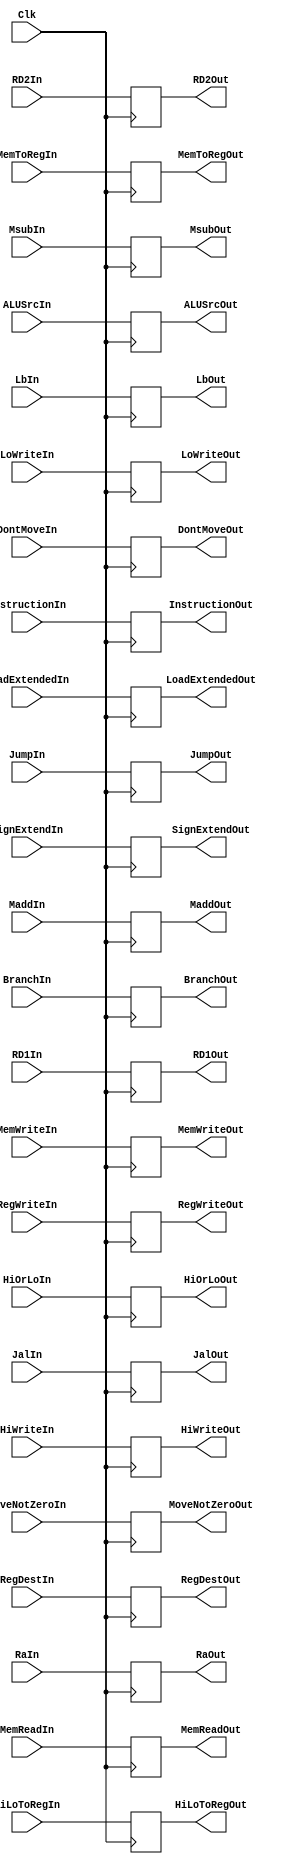
`timescale 1ns / 1ps
//////////////////////////////////////////////////////////////////////////////////
// Company: 
// Engineer: 
// 
// Design Name: 
// Module Name: ID_EX
// Project Name: 
// Target Devices: 
// Tool Versions: 
// Description: 
// 
// Dependencies: 
// 
// Revision:
// Revision 0.01 - File Created
// Additional Comments:
// 
//////////////////////////////////////////////////////////////////////////////////


module ID_EX(Clk, RD1In, RD2In, InstructionIn, SignExtendIn, MsubIn, MaddIn, HiWriteIn, LoWriteIn, RegWriteIn, MoveNotZeroIn, DontMoveIn, HiOrLoIn, MemToRegIn, HiLoToRegIn, MemWriteIn, BranchIn, MemReadIn, RegDestIn, ALUSrcIn, LbIn, LoadExtendedIn, RD1Out, RD2Out, InstructionOut, SignExtendOut, MsubOut, MaddOut, HiWriteOut, LoWriteOut, RegWriteOut, MoveNotZeroOut, DontMoveOut, HiOrLoOut, MemToRegOut, HiLoToRegOut, MemWriteOut, BranchOut, MemReadOut, RegDestOut, ALUSrcOut, LbOut, LoadExtendedOut, JumpIn, JumpOut, JalIn, JalOut, RaIn, RaOut);
    input [31:0] RD1In, RD2In, InstructionIn, SignExtendIn, RaIn;
    input MsubIn, MaddIn, HiWriteIn, LoWriteIn, RegWriteIn, MoveNotZeroIn, DontMoveIn, HiOrLoIn, MemToRegIn, HiLoToRegIn, MemWriteIn, BranchIn, MemReadIn, RegDestIn, ALUSrcIn, LbIn, LoadExtendedIn, Clk, JumpIn, JalIn;
    
    output reg [31:0] RD1Out, RD2Out, InstructionOut, SignExtendOut, RaOut;
    output reg MsubOut, MaddOut, HiWriteOut, LoWriteOut, RegWriteOut, MoveNotZeroOut, DontMoveOut, HiOrLoOut, MemToRegOut, HiLoToRegOut, MemWriteOut, BranchOut, MemReadOut, RegDestOut, ALUSrcOut, LbOut, LoadExtendedOut, JumpOut, JalOut;

    always @(negedge Clk) begin
        RD1Out <= RD1In;
        RD2Out <= RD2In;
        InstructionOut <= InstructionIn;
        SignExtendOut <= SignExtendIn;
        MsubOut <= MsubIn;
        MaddOut <= MaddIn;
        HiWriteOut <= HiWriteIn;
        LoWriteOut <= LoWriteIn;
        RegWriteOut <= RegWriteIn;
        MoveNotZeroOut <= MoveNotZeroIn;
        DontMoveOut <= DontMoveIn;
        HiOrLoOut <= HiOrLoIn;
        MemToRegOut <= MemToRegIn;
        HiLoToRegOut <= HiLoToRegIn;
        MemWriteOut <= MemWriteIn;
        BranchOut <= BranchIn;
        MemReadOut <= MemReadIn;
        RegDestOut <= RegDestIn;
        ALUSrcOut <= ALUSrcIn;
        LbOut <= LbIn;
        LoadExtendedOut <= LoadExtendedIn;
        JumpOut <= JumpIn;
        JalOut <= JalIn;
        RaOut <= RaIn;
    end

endmodule